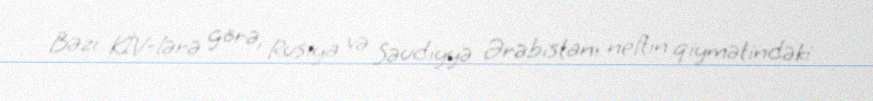
Bəzi KİV-lərə görə, Rusiya və Səudiyyə Ərəbistanı neftin qiymətindəki